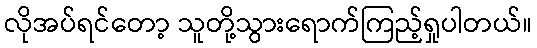
လိုအပ်ရင်တော့ သူတို့သွားရောက်ကြည့်ရှုပါတယ်။